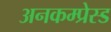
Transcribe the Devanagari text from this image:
अनकम्प्रेस्ड